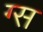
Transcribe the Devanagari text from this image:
ग्स